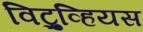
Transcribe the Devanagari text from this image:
विट्रुव्हियस